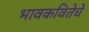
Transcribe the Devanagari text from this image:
भावकवितेचे